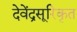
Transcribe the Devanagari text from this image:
देवेंद्रसूरिकृत